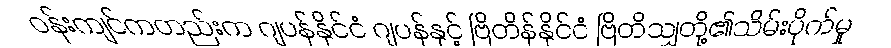
ဝန်းကျင်ကတည်းက ဂျပန်နိုင်ငံ ဂျပန်နှင့် ဗြိတိန်နိုင်ငံ ဗြိတိသျှတို့၏သိမ်းပိုက်မှု